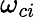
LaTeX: \omega_{ci}